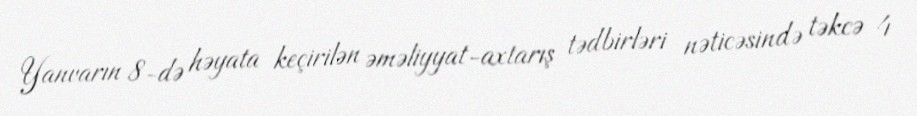
Yanvarın 8-də həyata keçirilən əməliyyat-axtarış tədbirləri nəticəsində təkcə 4